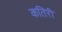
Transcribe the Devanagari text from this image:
कतिरी